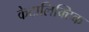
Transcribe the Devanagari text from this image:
केटालिक्टिक